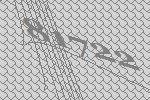
81722